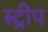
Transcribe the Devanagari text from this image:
स्‍ट्रीप